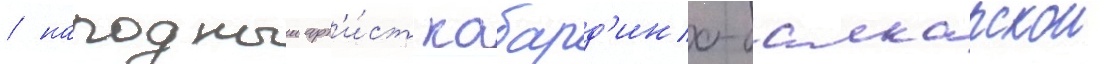
/ народныи арт'и́ст кабард'ино-балкарскои